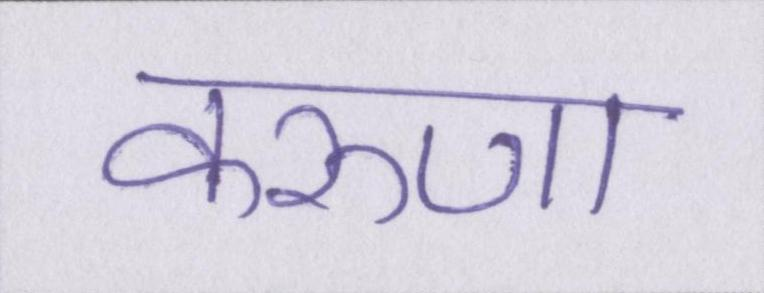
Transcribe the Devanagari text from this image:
करुणा